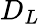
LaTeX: D_{L}